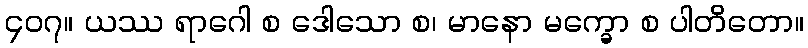
၄၀၇။ ယဿ ရာဂေါ စ ဒေါသော စ၊ မာနော မက္ခော စ ပါတိတော။